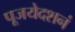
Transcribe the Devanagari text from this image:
पूजयेदशनं